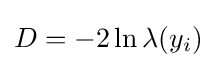
D=-2\ln \lambda (y_{i})